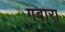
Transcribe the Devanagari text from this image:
गबारा